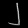
Digit: ၂